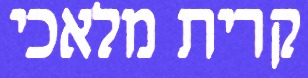
קרית מלאכי